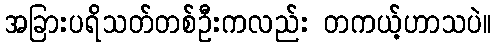
အခြားပရိသတ်တစ်ဦးကလည်း တကယ့်ဟာသပဲ။